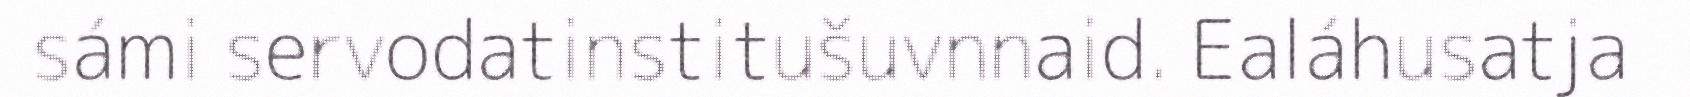
sámi servodatinstitušuvnnaid. Ealáhusatja